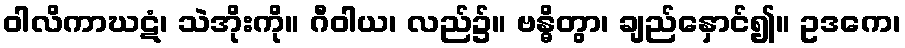
ဝါလိကာဃဋံ၊ သဲအိုးကို။ ဂီဝါယ၊ လည်၌။ ဗန္ဓိတွာ၊ ချည်နှောင်၍။ ဥဒကေ၊